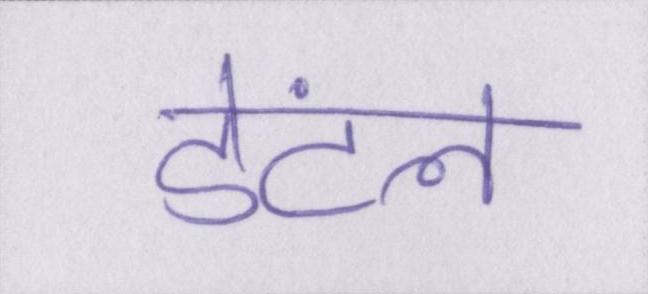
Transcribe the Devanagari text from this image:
डेंटल